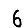
Digit: 6